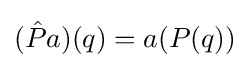
({\hat {P}}a)(q)=a(P(q))